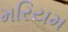
મરિયમ